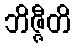
ဘိဇ္ဇီတိ